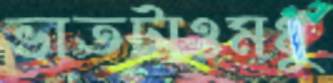
ভাতটাওমধু